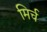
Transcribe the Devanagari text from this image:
मिर्च